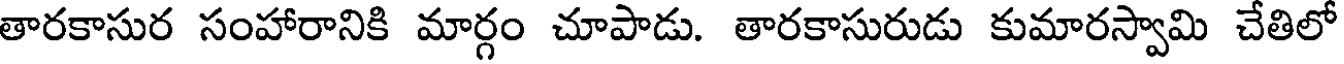
తారకాసుర సంహారానికి మార్గం చూపాడు. తారకాసురుడు కుమారస్వామి చేతిలో